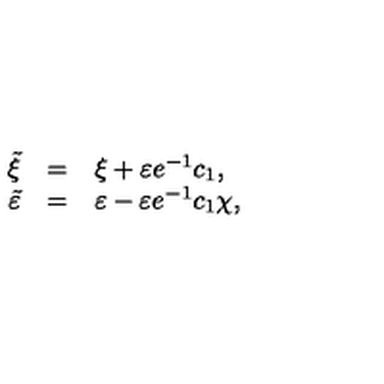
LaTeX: \begin{array} { r c l } { \tilde { \xi } } & { = } & { \xi + \varepsilon e ^ { - 1 } c _ { 1 } , } \\ { \tilde { \varepsilon } } & { = } & { \varepsilon - \varepsilon e ^ { - 1 } c _ { 1 } \chi , } \\ \end{array}